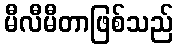
မီလီမီတာဖြစ်သည်